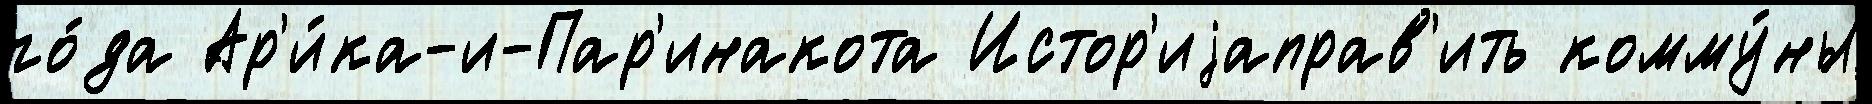
го́да Ар'и́ка-и-Пар'инакота Истор'иjаправ'ить комму́ны